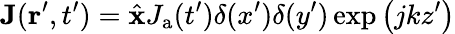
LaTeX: {\mathbf J}({\mathbf r}^{\prime},t^{\prime})={\hat{\mathbf{x}}}J_{\mathrm{a}}(t^{\prime})\delta(x^{\prime})\delta(y^{\prime})\exp{\left(jkz^{\prime}\right)}